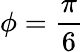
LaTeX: \phi=\frac{\pi}{6}